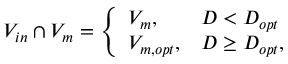
V _ { i n } \cap V _ { m } = \left\{ \begin{array} { l l } { V _ { m } , } & { D < D _ { o p t } } \\ { V _ { m , o p t } , } & { D \ge D _ { o p t } , } \end{array} \right.